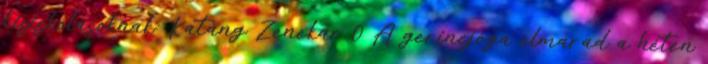
kisiskolásoknak: Katáng Zenekar 0 A gerincjóga elmarad a héten